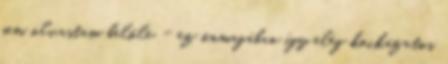
sem olvastam belőle - ez önmagában így elég kockázatos